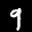
Label: 9